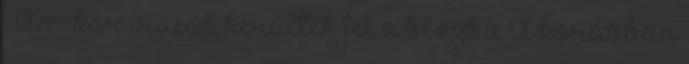
♥ Amikor írások kerültek fel a blogba A korábban